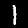
Digit: 1